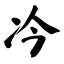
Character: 𪞘